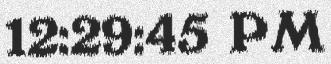
12:29:45 PM